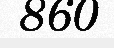
860